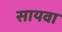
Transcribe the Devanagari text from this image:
सायवा